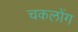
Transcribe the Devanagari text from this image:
चकलोंग